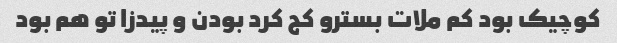
کوچیک بود کم ملات بسترو کج کرد بودن و پیدزا تو هم بود